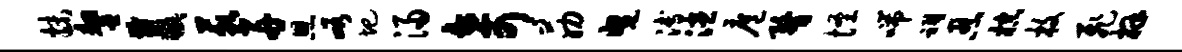
抹鏊双藐舟恩峪圯浸奇筋曳溥漶扈瞀怪喘祠忍棕枚飞拜